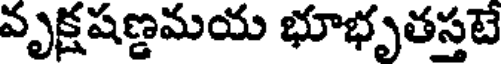
వృక్షషణ్డమయ భూభృతస్తటే